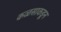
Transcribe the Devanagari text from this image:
कळसाकडून